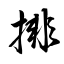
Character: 排